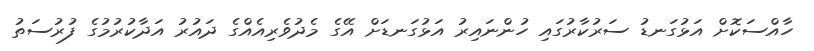
ހާއްސަކޮށް އަޅުގަނޑު ސަރުކާރުގައި ހުންނައިރު އަޅުގަނޑަށް އޭގެ މެދުވެރިއެއްގެ ދައުރު އަދާކުރުމުގެ ފުރުސަތު